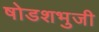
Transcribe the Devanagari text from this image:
षोडशभुजी